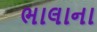
ભાલાના